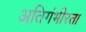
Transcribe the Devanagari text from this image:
अतिगंभीरता